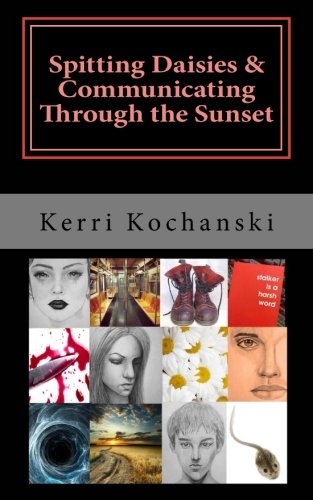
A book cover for Spitting Daisies & Communicating Through the Sunset: Two one act plays; Kerri Kochanski; Literature & Fiction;